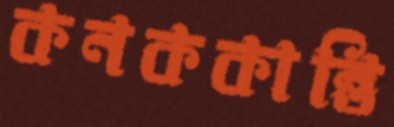
কনককান্তি